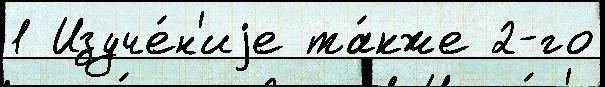
1 Изуче́н'иjе та́кже 2-го